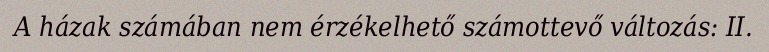
A házak számában nem érzékelhető számottevő változás: II.